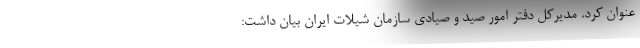
عنوان کرد. مدیرکل دفتر امور صید و صیادی سازمان شیلات ایران بیان داشت: